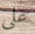
على